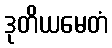
ဒုတိယမေတံ